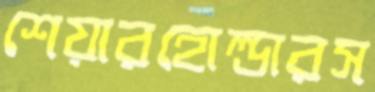
শেয়ারহোল্ডারস